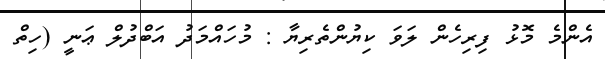
އެންމެ މޮޅު ފިރިހެން ލަވަ ކިޔުންތެރިޔާ : މުހައްމަދު އަބްދުލް ޢަނީ (ހިތް